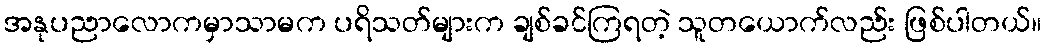
အနုပညာလောကမှာသာမက ပရိသတ်များက ချစ်ခင်ကြရတဲ့ သူတယောက်လည်း ဖြစ်ပါတယ်။